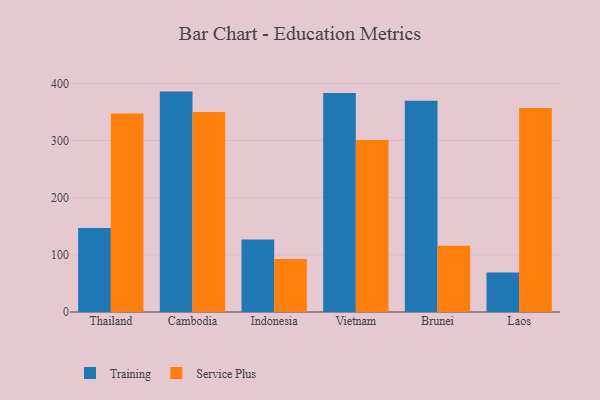
{"axis": {"x": "Country", "y": "Demand Index"}, "legend": ["Service Plus", "Training"], "data": [{"x": "Thailand", "y": 146.9, "type": "Training"}, {"x": "Thailand", "y": 347.0, "type": "Service Plus"}, {"x": "Cambodia", "y": 385.5, "type": "Training"}, {"x": "Cambodia", "y": 350.0, "type": "Service Plus"}, {"x": "Indonesia", "y": 126.8, "type": "Training"}, {"x": "Indonesia", "y": 92.5, "type": "Service Plus"}, {"x": "Vietnam", "y": 383.0, "type": "Training"}, {"x": "Vietnam", "y": 300.8, "type": "Service Plus"}, {"x": "Brunei", "y": 369.7, "type": "Training"}, {"x": "Brunei", "y": 115.7, "type": "Service Plus"}, {"x": "Laos", "y": 68.9, "type": "Training"}, {"x": "Laos", "y": 356.7, "type": "Service Plus"}]}